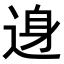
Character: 𨓉